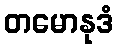
တမောနုဒံ